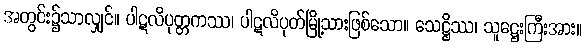
အတွင်း၌သာလျှင်။ ပါဋလိပုတ္တကဿ၊ ပါဋလိပုတ်မြို့သားဖြစ်သော။ သေဋ္ဌိဿ၊ သူဋ္ဌေးကြီးအား။